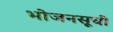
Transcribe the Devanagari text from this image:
भोजनसूची